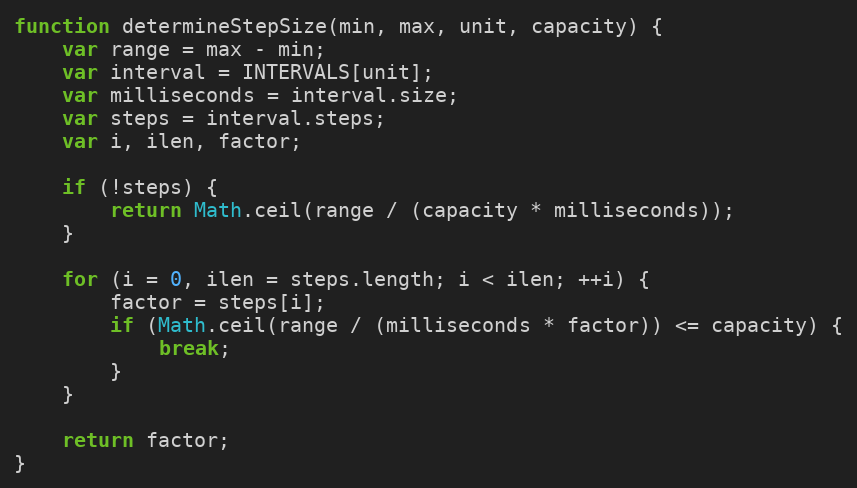
Language: JavaScript
function determineStepSize(min, max, unit, capacity) {
	var range = max - min;
	var interval = INTERVALS[unit];
	var milliseconds = interval.size;
	var steps = interval.steps;
	var i, ilen, factor;

	if (!steps) {
		return Math.ceil(range / (capacity * milliseconds));
	}

	for (i = 0, ilen = steps.length; i < ilen; ++i) {
		factor = steps[i];
		if (Math.ceil(range / (milliseconds * factor)) <= capacity) {
			break;
		}
	}

	return factor;
}